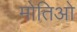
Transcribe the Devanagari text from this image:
मोतिओ